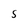
Character: S